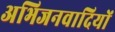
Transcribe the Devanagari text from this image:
अभिजनवादियों